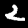
Digit: 2